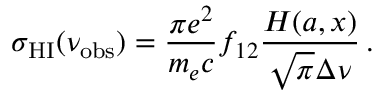
\sigma _ { \mathrm { H I } } ( \nu _ { \mathrm { o b s } } ) = \frac { \pi e ^ { 2 } } { m _ { e } c } f _ { 1 2 } \frac { H ( a , x ) } { \sqrt { \pi } \Delta \nu } \, .